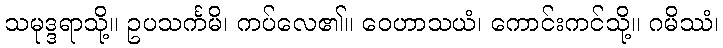
သမုဒ္ဒရာသို့။ ဥပသင်္ကမိ၊ ကပ်လေ၏။ ဝေဟာသယံ၊ ကောင်းကင်သို့။ ဂမိဿံ၊